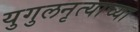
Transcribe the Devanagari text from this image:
युगुलनृत्याच्या